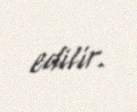
edilir.